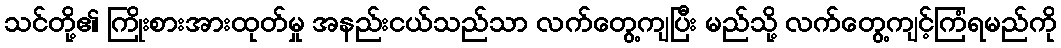
သင်တို့၏ ကြိုးစားအားထုတ်မှု အနည်းငယ်သည်သာ လက်တွေ့ကျပြီး မည်သို့ လက်တွေ့ကျင့်ကြံရမည်ကို